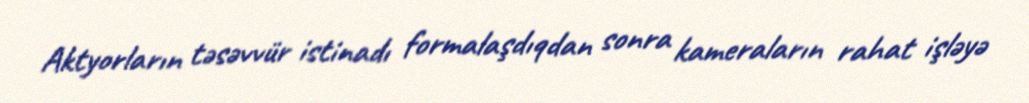
Aktyorların təsəvvür istinadı formalaşdıqdan sonra kameraların rahat işləyə